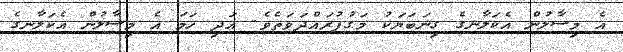
އެ މިސާލުން އެކަލާނގެ ގިނަބަޔަކު މަގުފުރައްދަވަތެވެ. އަދި ހަމަ އެ މިސާލުން އެކަލާނގެ